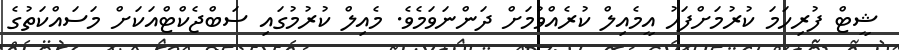
ޝީޓް ފުރިހަމަ ކުރުމަށްފަހު އީމެއިލް ކުރެއްވުމަށް ދަންނަވަމެވެ. މެއިލް ކުރުމުގައި ސަބްޖެކްޓްއަކަށް މަސައްކަތުގެ